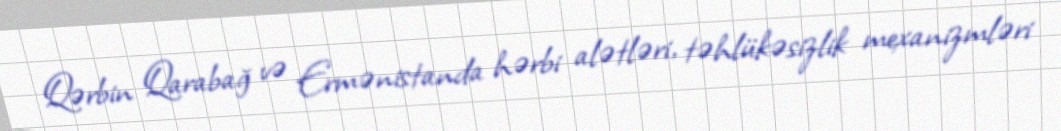
Qərbin Qarabağ və Ermənistanda hərbi alətləri, təhlükəsizlik mexanizmləri